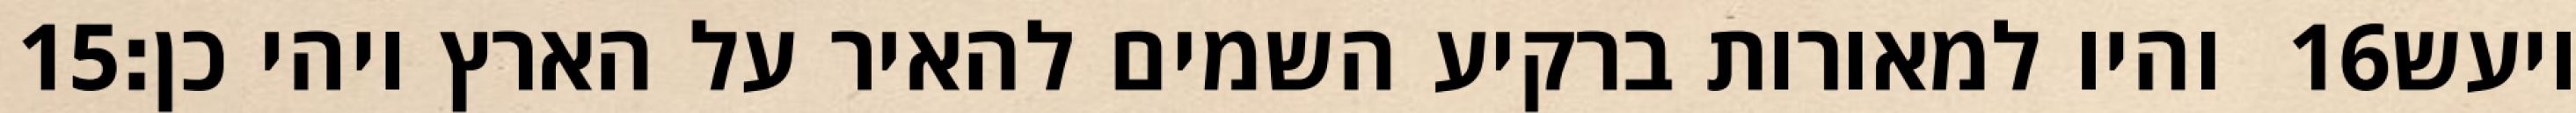
‎15‏ והיו למאורות ברקיע השמים להאיר על הארץ ויהי כן׃ ‎16‏ ויעש